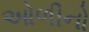
ઓળીનો